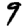
Digit: 9